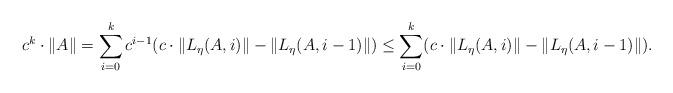
LaTeX: \begin{align*} c^k \cdot \|A\| = \sum_{i=0}^k c^{i-1} (c \cdot \|L_\eta(A,i)\| - \|L_\eta(A,i-1)\|) \leq \sum_{i=0}^k (c \cdot \|L_\eta(A,i)\| - \|L_\eta(A,i-1)\|).\end{align*}